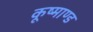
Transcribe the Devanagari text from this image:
कूष्माण्ड